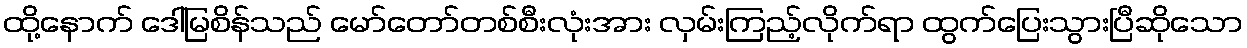
ထို့နောက် ဒေါ်မြစိန်သည် မော်တော်တစ်စီးလုံးအား လှမ်းကြည့်လိုက်ရာ ထွက်ပြေးသွားပြီဆိုသော